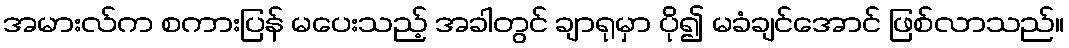
အမားလ်က စကားပြန် မပေးသည့် အခါတွင် ချာရုမှာ ပို၍ မခံချင်အောင် ဖြစ်လာသည်။